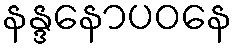
နန္ဒနောပဝနေ